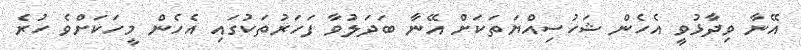
އޭނާ ވިދާޅުވީ އެހެން ޝަހުސިއްޔަތަކަށް އޭނާ ބަދަލުވާ ފަހަރުތަކުގައި އެހެން މީހަކަށްވެ ހުރެ